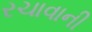
રચાવાની